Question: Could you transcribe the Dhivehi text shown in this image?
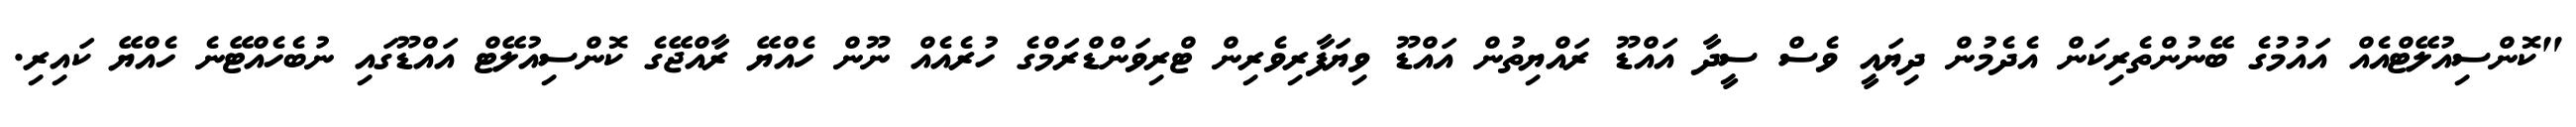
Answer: "ކޮންސިއުލޭޓްއެއް އައުމުގެ ބޭނުންތެރިކަން އެދެމުން ދިޔައީ ވެސް ސީދާ އައްޑޫ ރައްޔިތުން އައްޑޫ ވިޔަފާރިވެރިން ޓްރިވަންޑްރަމްގެ ހުރެއެއް ނޫން ހެއްޔޭ ރާއްޖޭގެ ކޮންސިއުލޭޓް އައްޑޫގައި ނުބެހެއްޓޭނެ ހެއްޔޭ ކައިރި.